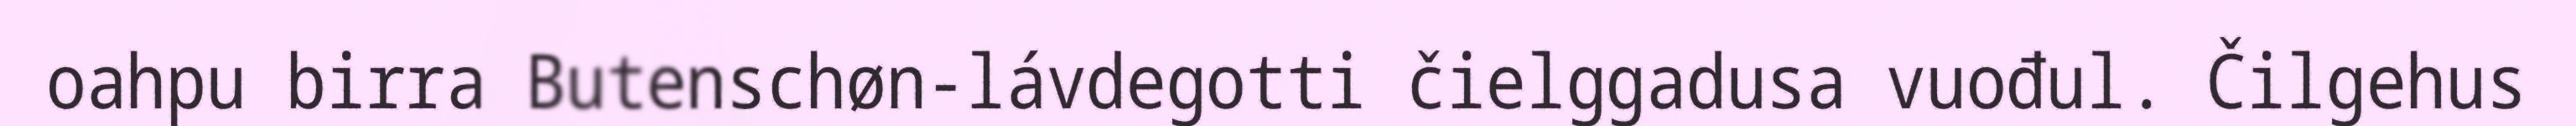
oahpu birra Butenschøn-lávdegotti čielggadusa vuođul. Čilgehus